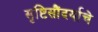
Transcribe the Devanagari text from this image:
सृष्टिसौंदर्याचे